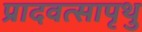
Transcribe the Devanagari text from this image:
प्रादवत्सापृथु